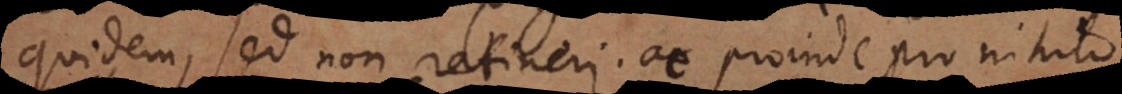
quidem, sed non retineri, ac proinde pro nihilo